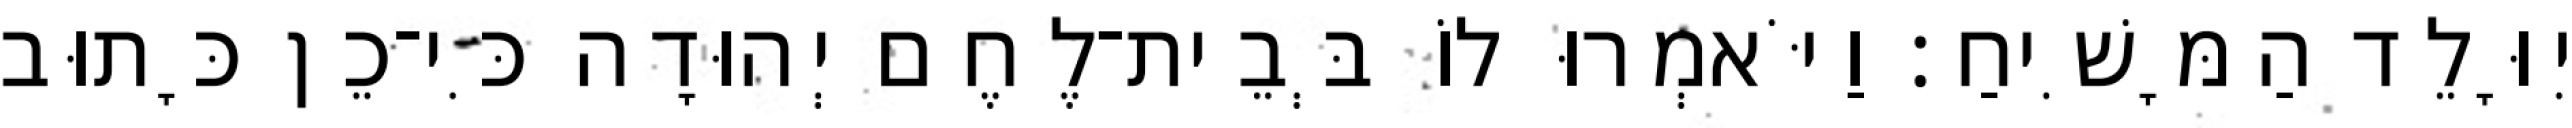
יִוָּלֵד הַמָּשִׁיחַ׃ וַיֹּאמְרוּ לוֹ בְּבֵית־לֶחֶם יְהוּדָה כִּי־כֵן כָּתוּב